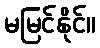
မမြင်နိုင်။